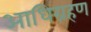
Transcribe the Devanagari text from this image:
आधिग्रहण